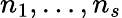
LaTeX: n_{1},\dots,n_{s}